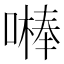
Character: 𠾴